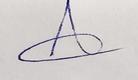
Signature authenticity: genuine